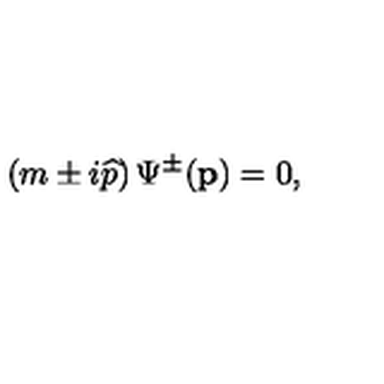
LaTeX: \left( m \pm i \widehat { p } \right) \Psi ^ { \pm } ( \mathbf { p } ) = 0 ,